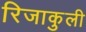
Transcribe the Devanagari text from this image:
रिजाकुली